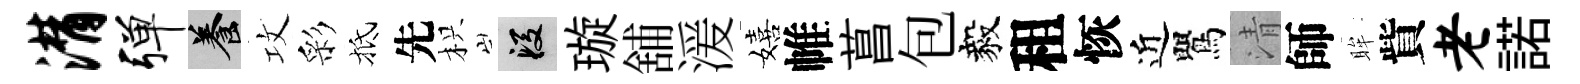
潸弹養攻彩抵先枳段璇舖湲嬉帷菖包毅租恢近鸎清師眸貲老諾